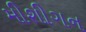
મીશીગન